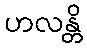
ဟလန္တိ